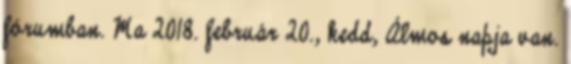
fórumban. Ma 2018. február 20., kedd, Álmos napja van.